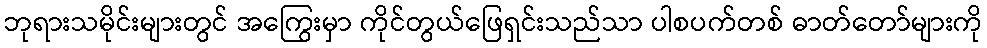
ဘုရားသမိုင်းများတွင် အကြွေးမှာ ကိုင်တွယ်ဖြေရှင်းသည်သာ ပါစပက်တစ် ဓာတ်တော်များကို